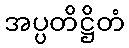
အပ္ပတိဋ္ဌိတံ